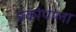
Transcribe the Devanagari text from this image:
प्रकोपाला